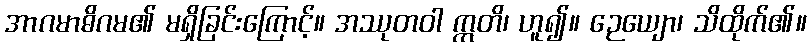
အာဂမာဓိဂမ၏ မရှိခြင်းကြောင့်။ အဿုတဝါ ဣတိ၊ ဟူ၍။ ဉေယျော၊ သိထိုက်၏။